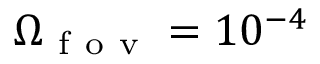
\Omega _ { \mathrm { ~ f ~ o ~ v ~ } } = 1 0 ^ { - 4 }